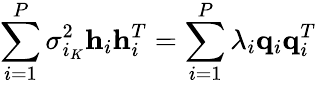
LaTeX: \sum_{i=1}^{P}\sigma_{i_{K}}^{2}\mathbf{h}_{i}\mathbf{h}_{i}^{T}=\sum_{i=1}^{P}\lambda_{i}\mathbf{q}_{i}\mathbf{q}_{i}^{T}